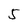
Character: 5